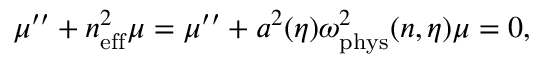
\mu ^ { \prime \prime } + n _ { \mathrm { e f f } } ^ { 2 } \mu = \mu ^ { \prime \prime } + a ^ { 2 } ( \eta ) \omega _ { \mathrm { p h y s } } ^ { 2 } ( n , \eta ) \mu = 0 ,